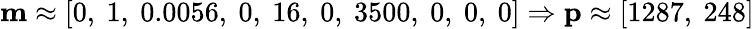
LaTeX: \mathbf{m}\approx[0,\ 1,\ 0.0056,\ 0,\ 16,\ 0,\ 3500,\ 0,\ 0,\ 0]\Rightarrow\mathbf{p}\approx[1287,\ 248]